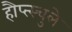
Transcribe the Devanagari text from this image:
हौप्त्स्चुले